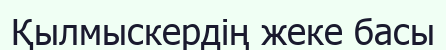
Қылмыскердің жеке басы